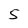
Character: 5